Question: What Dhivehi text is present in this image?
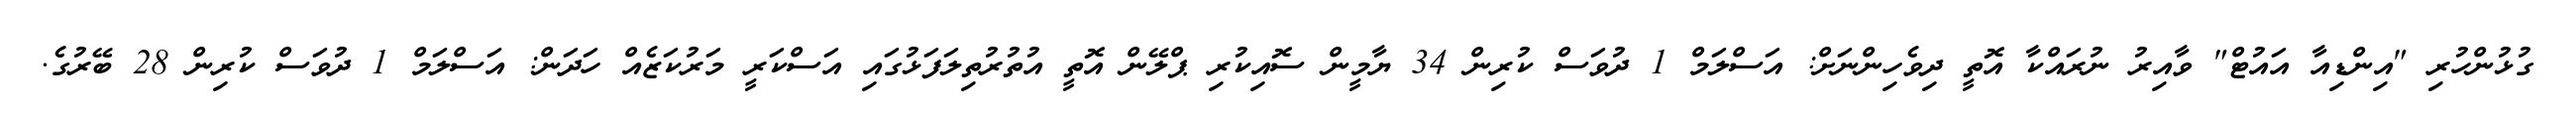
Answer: ގުޅުންހުރި "އިންޑިއާ އައުޓް" ވާއިރު ނުރައްކާ އޮތީ ދިވެހިންނަށް: އަސްލަމް 1 ދުވަސް ކުރިން 34 ޔާމީން ސޮއިކުރި ޕްލޭން އޮތީ އުތުރުތިލަފަޅުގައި އަސްކަރީ މަރުކަޒެއް ހަދަން: އަސްލަމް 1 ދުވަސް ކުރިން 28 ބޭރުގެ.